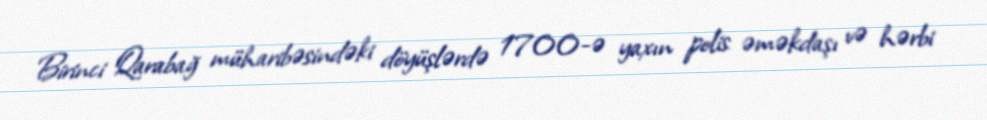
Birinci Qarabağ müharibəsindəki döyüşlərdə 1700-ə yaxın polis əməkdaşı və hərbi